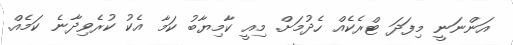
އަންނަނީ މިފަދަ ޓްރެކެއް ހެދުމަށް. މިއީ ކާމިޔާބު ކަމާ އެކު ކުރެވިދާނެ ކަމެއް.